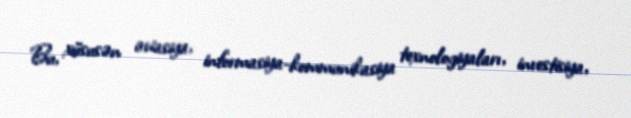
Bu, xüsusən aviasiya, informasiya-kommunikasiya texnologiyaları, investisiya,